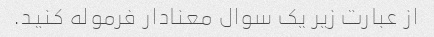
از عبارت زیر یک سوال معنادار فرموله کنید.